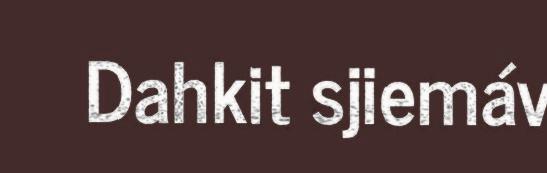
Dahkit sjiemáv